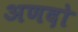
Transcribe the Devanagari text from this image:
अणदो